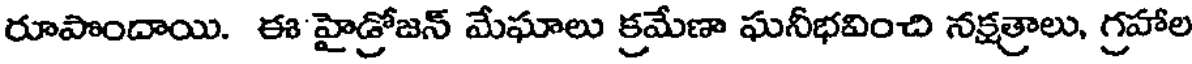
రూపొందాయి. ఈ హైడ్రోజన్ మేఘాలు క్రమేణా ఘనీభవించి నక్షత్రాలు, గ్రహాల